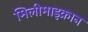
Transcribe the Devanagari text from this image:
मिलीमाइक्रान